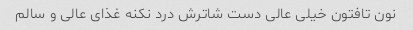
نون تافتون خیلی عالی دست شاترش درد نکنه غذای عالی و سالم